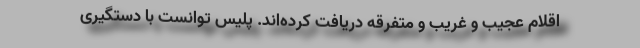
اقلام عجیب و غریب و متفرقه دریافت کرده‌اند. پلیس توانست با دستگیری